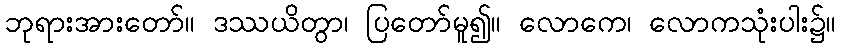
ဘုရားအားတော်။ ဒဿယိတွာ၊ ပြတော်မူ၍။ လောကေ၊ လောကသုံးပါး၌။